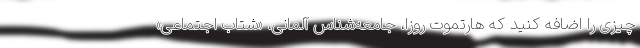
‌چیزی را اضافه کنید که هارتموت روزا، جامعه‌شناس آلمانی، «شتاب اجتماعی»